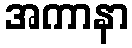
အကာနာ